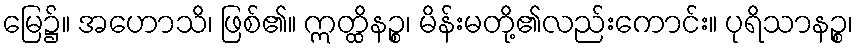
မြေ၌။ အဟောသိ၊ ဖြစ်၏။ ဣတ္ထိနဉ္စ၊ မိန်းမတို့၏လည်းကောင်း။ ပုရိသာနဉ္စ၊